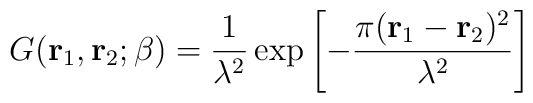
G({\bf r}_1,{\bf r}_2; \beta) = \frac{1}{\lambda^2}\exp \left[ -\frac{\pi ({\bf r}_1-{\bf r}_2)^2}{\lambda^2} \right]